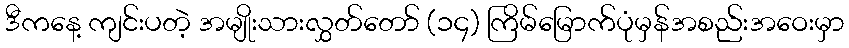
ဒီကနေ့ ကျင်းပတဲ့ အမျိုးသားလွှတ်တော် (၁၄) ကြိမ်မြောက်ပုံမှန်အစည်းအဝေးမှာ